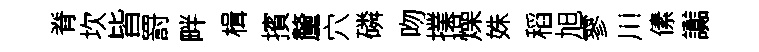
脊坎皆罸畔楫擯釐穴磷吻擈燥姝稻旭寥川傃讟